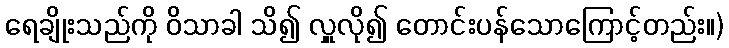
ရေချိုးသည်ကို ဝိသာခါ သိ၍ လှူလို၍ တောင်းပန်သောကြောင့်တည်း။)